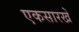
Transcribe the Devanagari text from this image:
एकसारखें